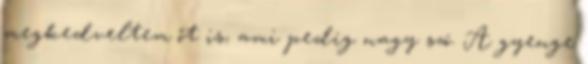
megkedveltem őt is, ami pedig nagy szó. A gyenge